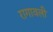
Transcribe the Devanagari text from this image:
रागावली